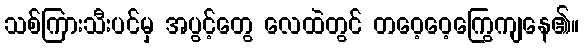
သစ်ကြားသီးပင်မှ အပွင့်တွေ လေထဲတွင် တဝေ့ဝေ့ကြွေကျနေ၏။